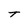
Character: t